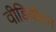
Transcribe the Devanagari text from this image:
वीडियोटन